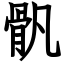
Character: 骪